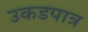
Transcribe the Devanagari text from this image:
उकडपात्र